Lunatic asylums Central Provinces reports 1874-1885 - 1874-1885
Year: 1874
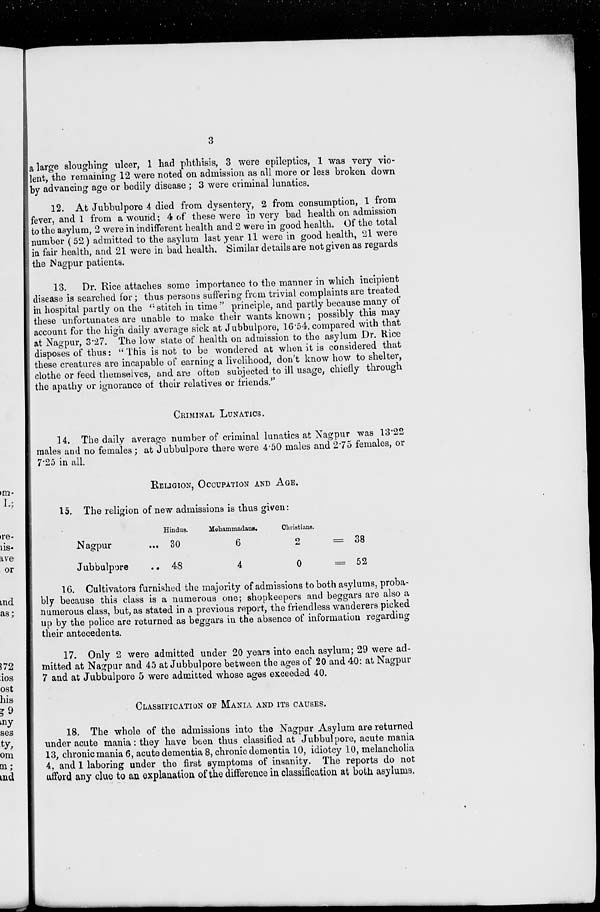
3
a large sloughing ulcer, 1 had phthisis, 3 were epileptics, 1 was very vio-
lent, the remaining 12 were noted on admission as all more or less broken down
by advancing age or bodily disease; 3 were criminal lunatics.
12. At Jubbulpore 4 died from dysentery, 2 from consumption, 1 from
fever, and 1 from a wound; 4 of these were in very bad health on admission
to the asylum, 2 were in indifferent health and 2 were in good health. Of the total
number (52) admitted to the asylum last year 11 were in good health, 21 were
in fair health, and 21 were in bad health. Similar details are not given as regards
the Nagpur patients.
13.
Dr. Rice attaches some importance to the manner in which incipient
disease is searched for; thus persons suffering from trivial complaints are treated
in hospital partly on the "stitch in time" principle, and partly because many of
these unfortunates are unable to make their wants known; possibly this may
account for the high daily average sick at Jubbulpore, 16.54, compared with that
at Nagpur, 3.27. The low state of health on admission to the asylum Dr. Rice
disposes of thus: " This is not to be wondered at when it is considered that
these creatures are incapable of earning a livelihood, don't know how to shelter,
clothe or feed themselves, and are often subjected to ill usage, chiefly through
the apathy or ignorance of their relatives or friends."
CRIMINAL LUNATICS.
14. The daily average number of criminal lunatics at Nagpur was 13.22
males and no females; at Jubbulpore there were 4.50 males and 275 females, or
7.25 in all.
RELIGION, OCCUPATION AND AGE.
15. The religion of new admissions is thus given:
Nagpur ...
Jubbulpore
...
Hindus.
30
48
Mohammadans.
6
4
Christians.
2
0
= 38
= 52
16. Cultivators furnished the majority of admissions to both asylums, proba-
bly because this class is a numerous one; shopkeepers and beggars are also a
numerous class, but, as stated in a previous report, the friendless wanderers picked
up by the police are returned as beggars in the absence of information regarding
their antecedents.
17. Only 2 were admitted under 20 years into each asylum; 29 were ad-
mitted at Nagpur and 45 at Jubbulpore between the ages of 20 and 40: at Nagpur
7 and at Jubbulpore 5 were admitted whose ages exceeded 40.
CLASSIFICATION OF MANIA AND ITS CAUSES.
18. The whole of the admissions into the Nagpur Asylum are returned
under acute mania: they have been thus classified at Jubbulpore, acute mania
13, chronic mania 6, acute dementia 8, chronic dementia 10, idiotcy 10, melancholia
4, and 1 laboring under the first symptoms of insanity. The reports do not
afford any clue to an explanation of the difference in classification at both asylums.